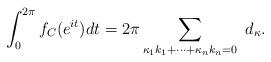
LaTeX: \begin{align*} \int_0^{2\pi}f_C(e^{it})dt=2\pi\sum_{\kappa_1 k_1+\dots +\kappa_n k_n=0} \ d_\kappa.\end{align*}